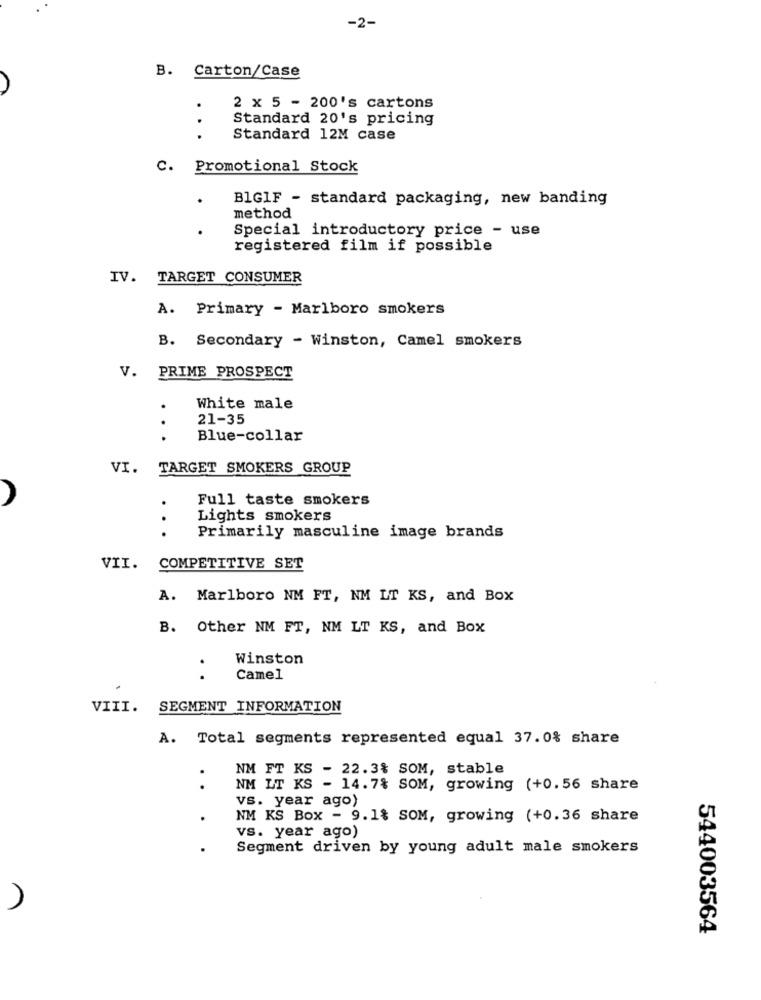
-2-
B. Carton/Case
2 x 5 - 200's cartons
..
Standard 20's pricing
Standard 12M case
C. Promotional Stock
.
BlGIF - standard packaging, new banding
method
Special introductory price - use
registered film if possible
IV. TARGET CONSUMER
A. Primary - Marlboro smokers
B. Secondary - Winston, Camel smokers
V. PRIME PROSPECT
White male
21-35
. .
Blue-collar
VI. TARGET SMOKERS GROUP
Full taste smokers
. .
Lights smokers
.
Primarily masculine image brands
VII.
COMPETITIVE SET
A. Marlboro NM FT, NM LT KS, and Box
B. Other NM FT, NM LT KS, and Box
Winston
. .
Camel
VIII. SEGMENT INFORMATION
A. Total segments represented equal 37.0% share
NM FT KS - 22.3% SOM, stable
. .
NM LT KS - 14.7% SOM, growing (+0.56 share
vs. year ago)
.
NM KS Box - 9.1% SOM, growing (+0.36 share
vs. year ago)
Segment driven by young adult male smokers
544003564